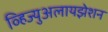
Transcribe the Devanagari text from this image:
व्हिज्युअलायझेशन